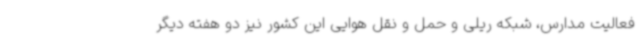
فعالیت مدارس، شبکه ریلی و حمل و نقل هوایی این کشور نیز دو هفته دیگر